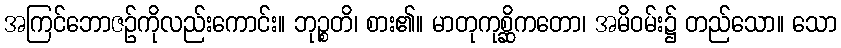
အကြင်ဘောဇဉ်ကိုလည်းကောင်း။ ဘုဉ္စတိ၊ စား၏။ မာတုကုစ္ဆိကတော၊ အမိဝမ်း၌ တည်သော။ သော